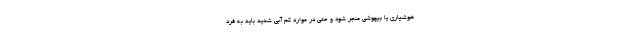
هوشیاری یا بیهوشی منجر شود و حتی در موارد کم آبی شدید باید به فرد